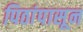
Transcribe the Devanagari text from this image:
पिठांपासून